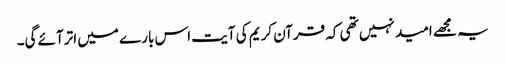
یہ مجھے امید نہیں تھی کہ قرآن کریم کی آیت اس بارے میں اترآئے گی۔